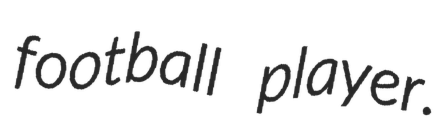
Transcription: football player.